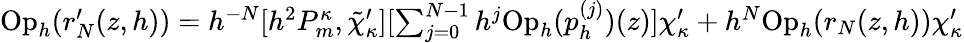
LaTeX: \begin{array}{r}{\mathrm{Op}_{h}(r_{N}^{\prime}(z,h))=h^{-N}[h^{2}P_{m}^{\kappa},\tilde{\chi}_{\kappa}^{\prime}][\sum_{j=0}^{N-1}h^{j}\mathrm{Op}_{h}(p_{h}^{(j)})(z)]\chi_{\kappa}^{\prime}+h^{N}\mathrm{Op}_{h}(r_{N}(z,h))\chi_{\kappa}^{\prime}}\end{array}